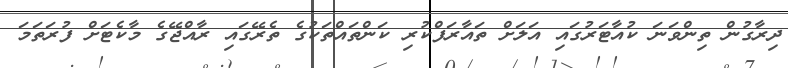
ދިރާގުން ތިންވަނަ ކުއާޓަރުގައި އަލަށް ތައާރަފްކުރި ކަންތައްތަކުގެ ތެރޭގައި ރާއްޖޭގެ މާކެޓަށް ފުރަތަމަ